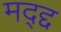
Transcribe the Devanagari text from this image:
मद्द्द